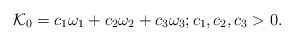
\begin{align*} \mathcal K_0={c_1\omega_1+c_2\omega_2+c_3\omega_3;c_1,c_2,c_3>0}. \end{align*}